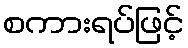
စကားရပ်ဖြင့်